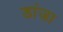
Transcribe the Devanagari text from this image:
डांजा